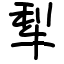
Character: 犁